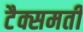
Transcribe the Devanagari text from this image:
टैक्समती